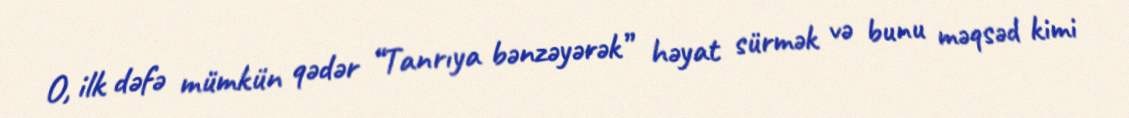
O, ilk dəfə mümkün qədər “Tanrıya bənzəyərək” həyat sürmək və bunu məqsəd kimi